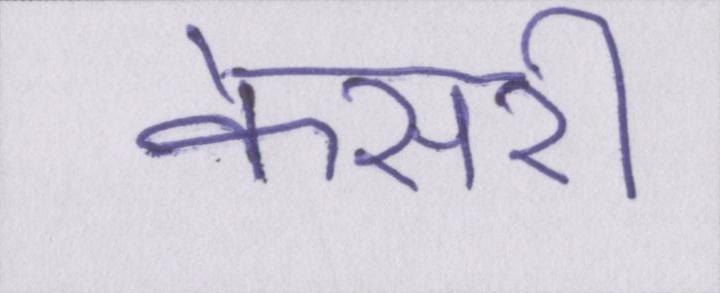
केसरी